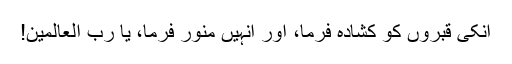
انکی قبروں کو کشادہ فرما، اور انہیں منور فرما، یا رب العالمین!